Source: Handwritten
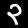
Digit: ၃ (3)